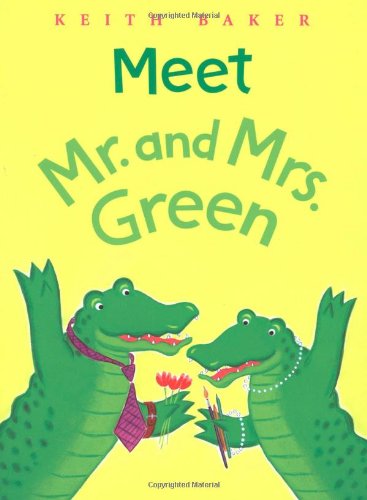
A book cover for Meet Mr. and Mrs. Green; Keith Baker; Children's Books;